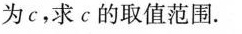
为c，求c的取值范围.